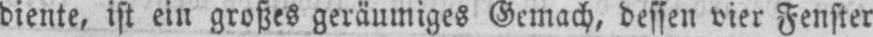
diente, ist ein großes geräumiges Gemach, dessen vier Fenster